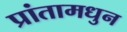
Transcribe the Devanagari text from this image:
प्रांतामधुन